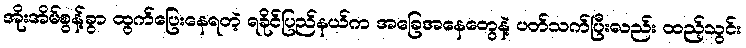
အိုးအိမ်စွန့်ခွာ ထွက်ပြေးနေရတဲ့ ရခိုင်ပြည်နယ်က အခြေအနေတွေနဲ့ ပတ်သက်ပြီးလည်း ထည့်သွင်း